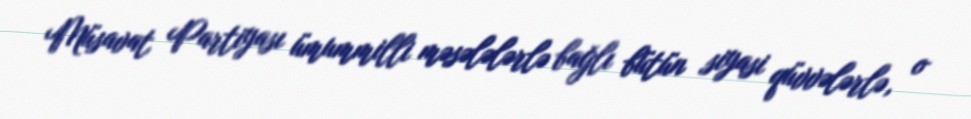
Müsavat Partiyası ümummilli məsələlərlə bağlı bütün siyasi qüvvələrlə, o